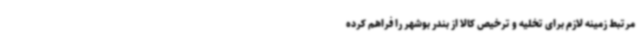
مرتبط زمینه لازم برای تخلیه و ترخیص کالا از بندر بوشهر را فراهم کرده